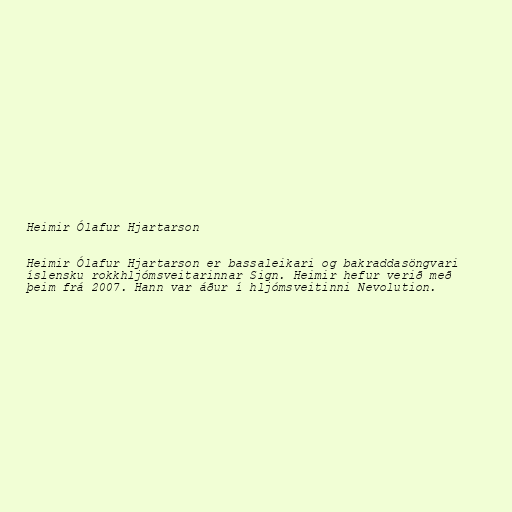
Heimir Ólafur Hjartarson

Heimir Ólafur Hjartarson er bassaleikari og bakraddasöngvari
íslensku rokkhljómsveitarinnar Sign. Heimir hefur verið með
þeim frá 2007. Hann var áður í hljómsveitinni Nevolution.